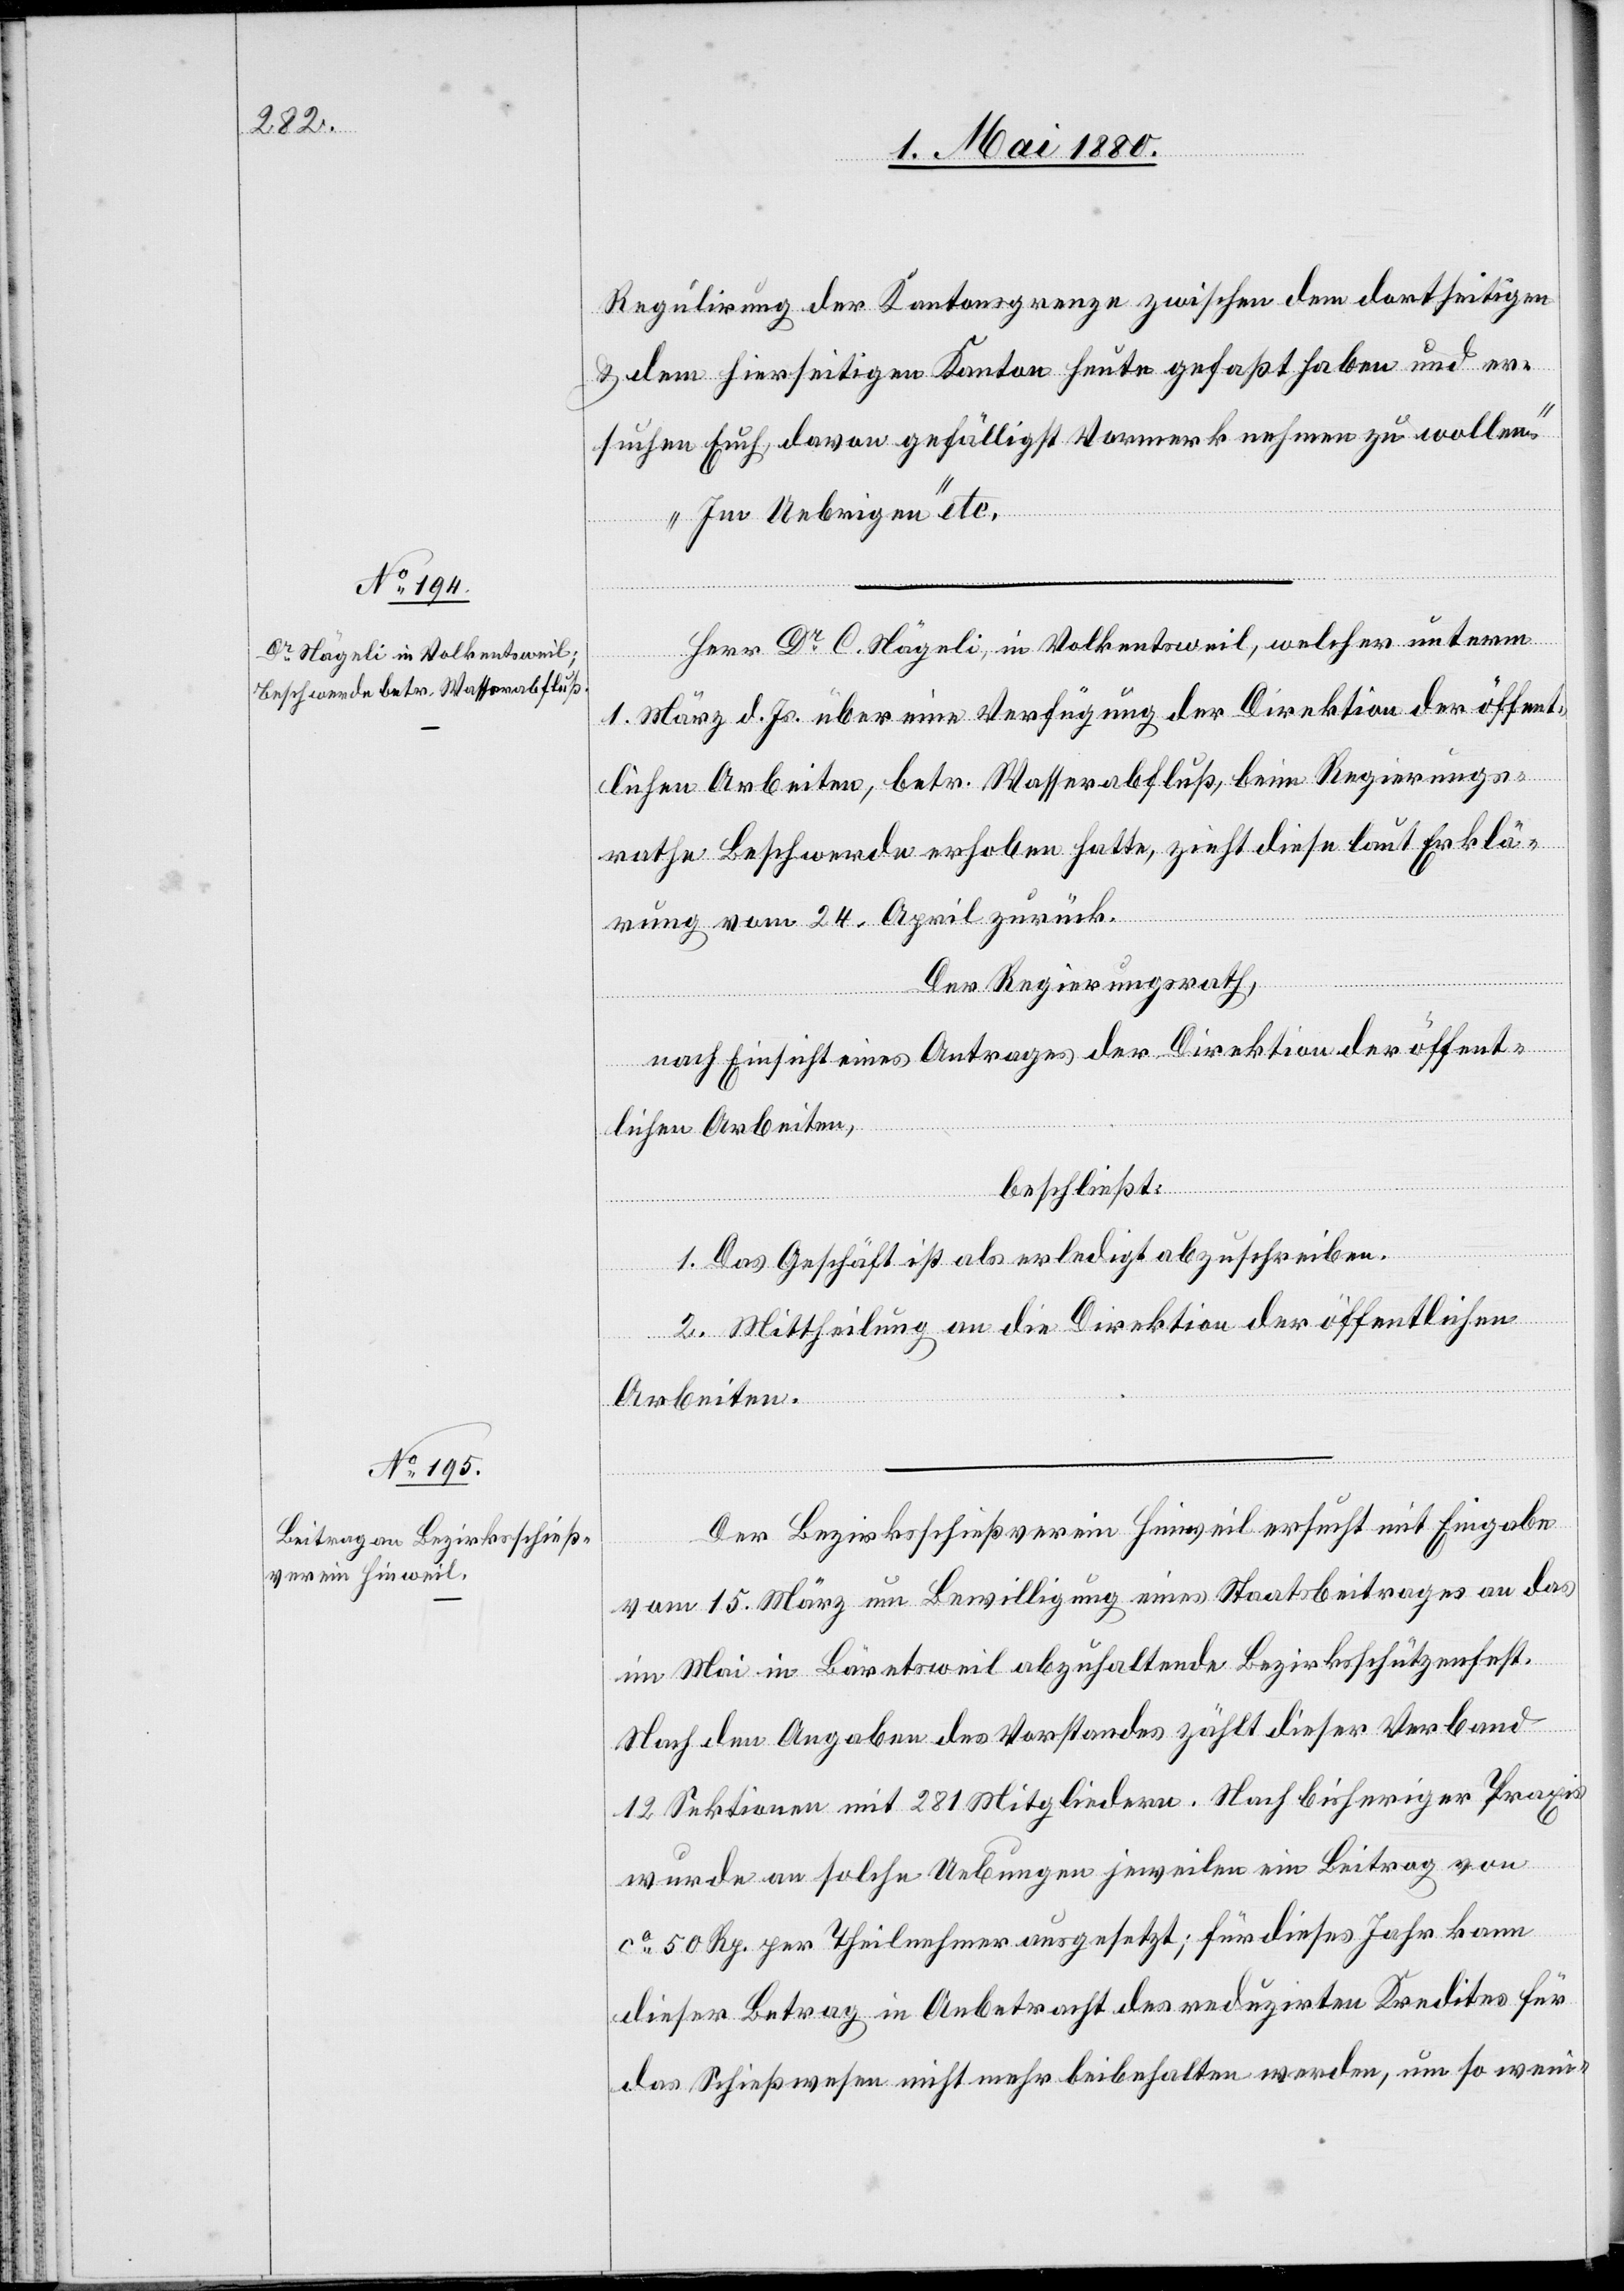
Regulirung der Kantonsgrenze zwischen dem dortseitigen
& dem hierseitigen Kanton heute gefaßt haben und er¬
suchen Euch, davon gefälligst Vormerk nehmen zu wollen.
Im Uebrigen“ etc.
Herr Dr C. Nägeli, in Volkentsweil, welcher unterm
1. März d. Js. über eine Verfügung der Direktion der öffent¬
lichen Arbeiten, betr. Wasserabfluß, beim Regierungs¬
rath Beschwerde erhoben hatte, zieht diese laut Erklä¬
rung vom 24. April zurück.
Der Regierungsrath,
nach Einsicht eines Antrages der Direktion der öffent¬
lichen Arbeiten,
beschließt:
1. Das Geschäft ist als erledigt abzuschreiben.
2. Mittheilung an die Direktion der öffentlichen
Arbeiten.
Der Bezirksschießverein Hinweil ersucht mit Eingabe
vom 15. März um Bewilligung eines Staatsbeitrages an das
im Mai in Bäretsweil abzuhaltende Bezirksschützenfest.
Nach den Angaben des Vorstandes zählt dieser Verband
12 Sektionen mit 281 Mitgliedern. Nach bisheriger Praxis
wurde an solche Uebungen jeweilen ein Beitrag von
ca 50 Rp. per Theilnehmer ausgesetzt; für dieses Jahr kann
dieser Betrag in Anbetracht des reduzirten Kredites für
das Schießen nicht mehr beibehalten werden, um so weni-